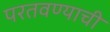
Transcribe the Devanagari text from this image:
परतवण्याची